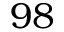
9 8